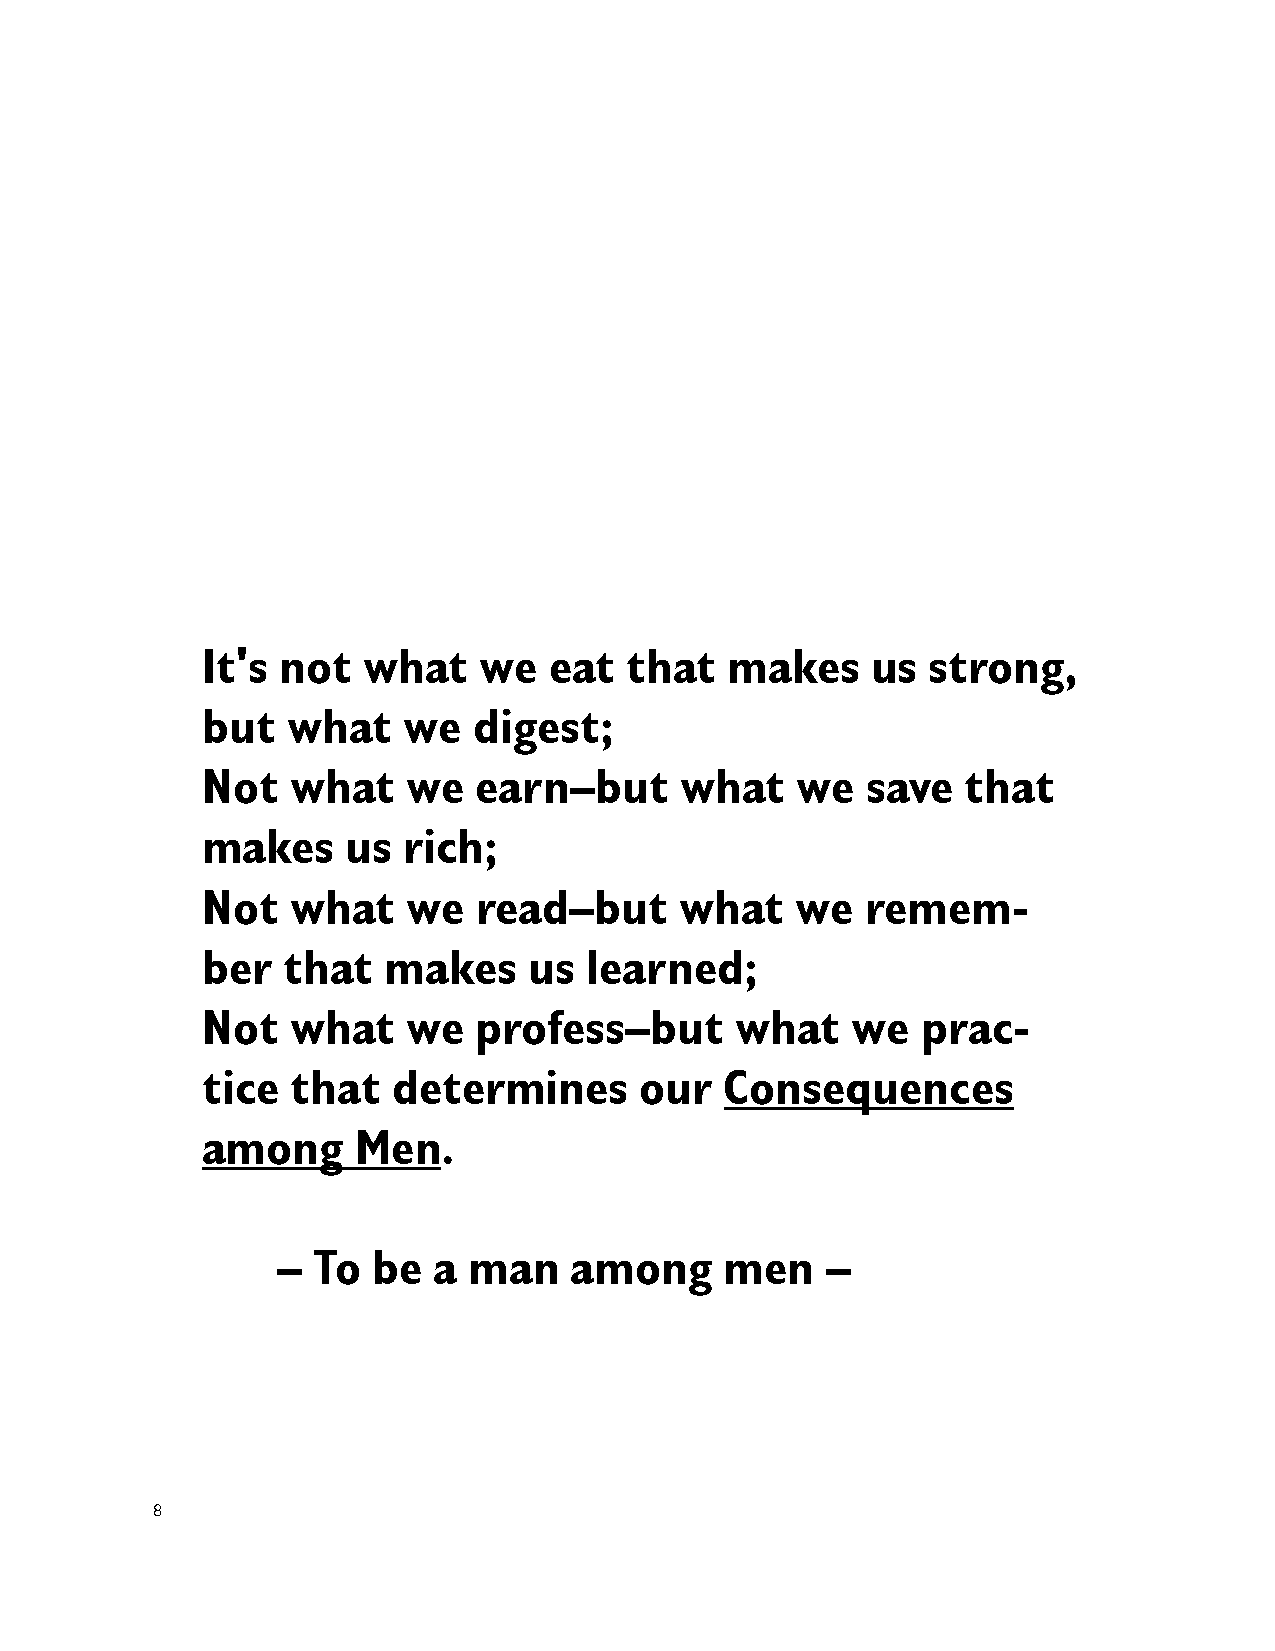
It's  not  what    we  eat   that  makes     us  strong,
 but   what    we  digest;
 Not   what    we   earn–but     what    we  save   that
 makes     us  rich;
 Not   what    we   read–but     what    we  remem-
 ber   that  makes     us  learned;
 Not   what    we   profess–but      what   we   prac-
 tice  that   determines      our   Consequences
 among     Men.
 –  To  be  a man    among     men    –
 8